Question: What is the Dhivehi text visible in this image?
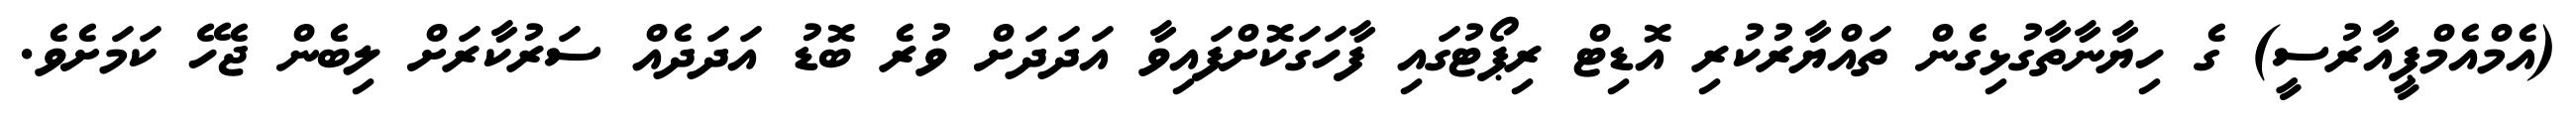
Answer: (އެމްއެމްޕީއާރުސީ) ގެ ހިޔާނާތާގުޅިގެން ތައްޔާރުކުރި އޮޑިޓް ރިޕޯޓުގައި ފާހަގަކޮށްފައިވާ އަދަދަށް ވުރެ ބޮޑު އަދަދެއް ސަރުކާރަށް ލިބެން ޖެހޭ ކަމަށެވެ.